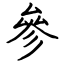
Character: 參